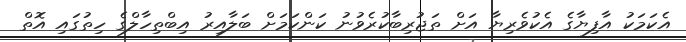
އެކަމަކު އާފިޔާގެ އެކުވެރިޔާ އަށް ތަޖުރިބާކުރެވުނު ކަންކަމަށް ބަލާއިރު އިބްތިހާލްގެ ހިތުގައި އޮތް